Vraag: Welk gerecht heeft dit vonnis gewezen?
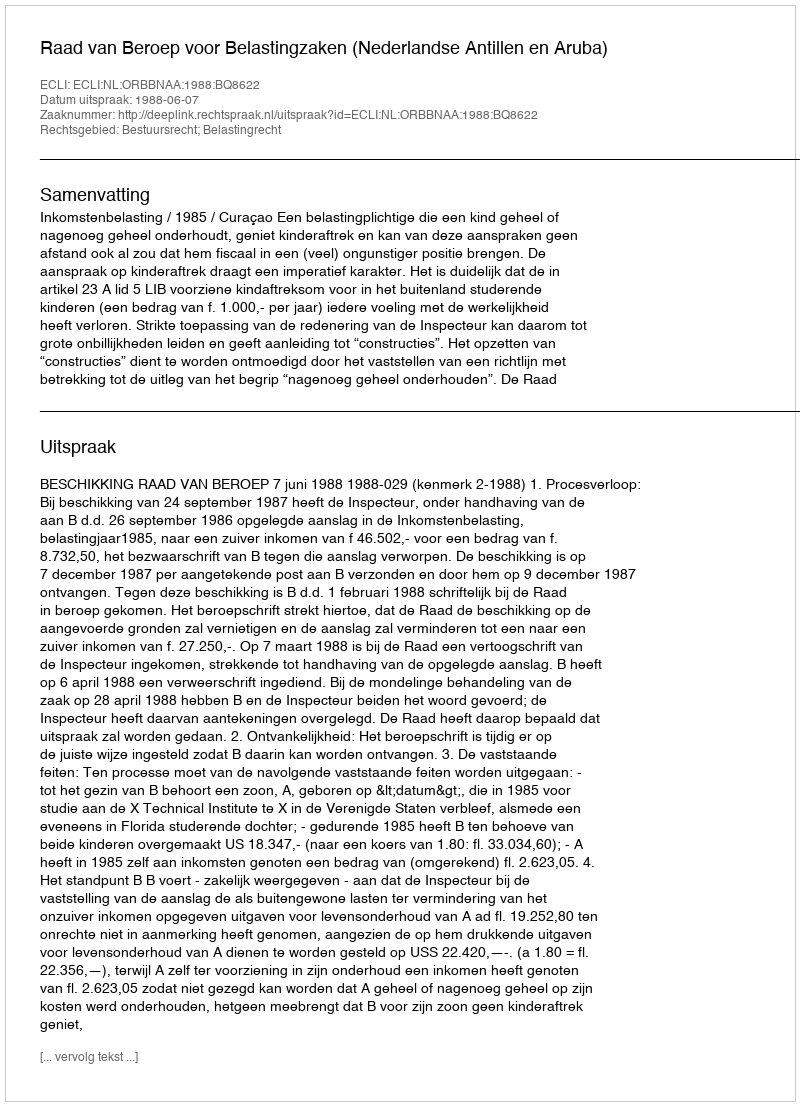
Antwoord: Raad van Beroep voor Belastingzaken (Nederlandse Antillen en Aruba)